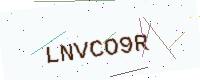
Text: LNVCO9R